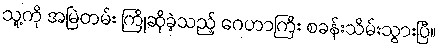
သူ့ကို အမြဲတမ်း ကြိုဆိုခဲ့သည့် ဂေဟာကြီး စခန်းသိမ်းသွားပြီ။